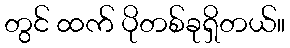
တွင် ထက် ပိုတစ်ခုရှိတယ်။